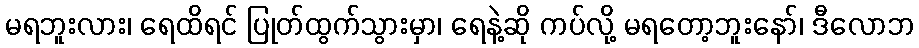
မရဘူးလား၊ ရေထိရင် ပြုတ်ထွက်သွားမှာ၊ ရေနဲ့ဆို ကပ်လို့ မရတော့ဘူးနော်၊ ဒီလောဘ